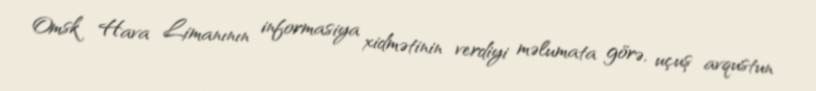
Omsk Hava Limanının informasiya xidmətinin verdiyi məlumata görə, uçuş avqustun